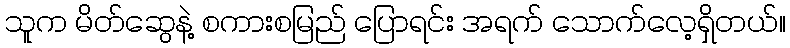
သူက မိတ်ဆွေနဲ့ စကားစမြည် ပြောရင်း အရက် သောက်လေ့ရှိတယ်။